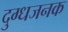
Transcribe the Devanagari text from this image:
दुग्धजनक